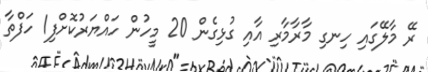
ރޭ މާލޭގައި ހިނގި މާރާމާރި އާއި ގުޅިގެން 20 މީހުން ހައްޔަރުކޮށްފި1 ހަފްތާ